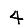
Digit: 4